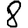
Digit: 8